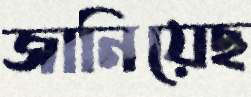
জানিয়েছ